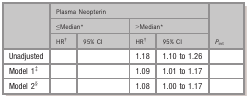
<table><thead><tr><td rowspan="3">[EMPTY_CELL]</td><td colspan="4"><b>Plasma Neopterin</b></td><td rowspan="3"><b><i>P</i><sub>int</sub></b></td></tr><tr><td colspan="2"><b>≤Mediana</b></td><td colspan="2"><b>&gt;Mediana</b></td></tr><tr><td><b>HRb</b></td><td><b>95% CI</b></td><td><b>HRb</b></td><td><b>95% CI</b></td></tr></thead><tbody><tr><td>Unadjusted</td><td>[EMPTY_CELL]</td><td>[EMPTY_CELL]</td><td>1.18</td><td>1.10 to 1.26</td><td>[EMPTY_CELL]</td></tr><tr><td>Model 1c</td><td>[EMPTY_CELL]</td><td>[EMPTY_CELL]</td><td>1.09</td><td>1.01 to 1.17</td><td>[EMPTY_CELL]</td></tr><tr><td>Model 2d</td><td>[EMPTY_CELL]</td><td>[EMPTY_CELL]</td><td>1.08</td><td>1.00 to 1.17</td><td>[EMPTY_CELL]</td></tr></tbody></table>